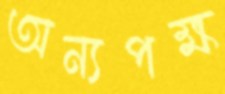
অন্যপক্ষ